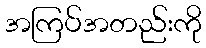
အကြပ်အတည်းကို